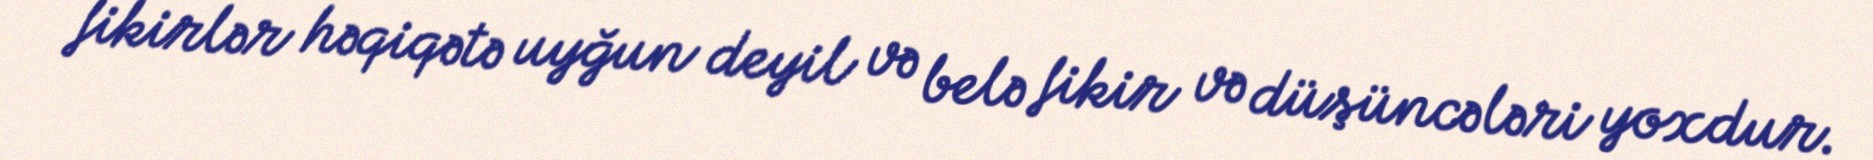
fikirlər həqiqətə uyğun deyil və belə fikir və düşüncələri yoxdur.